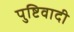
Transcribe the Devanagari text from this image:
पुष्टिवादी